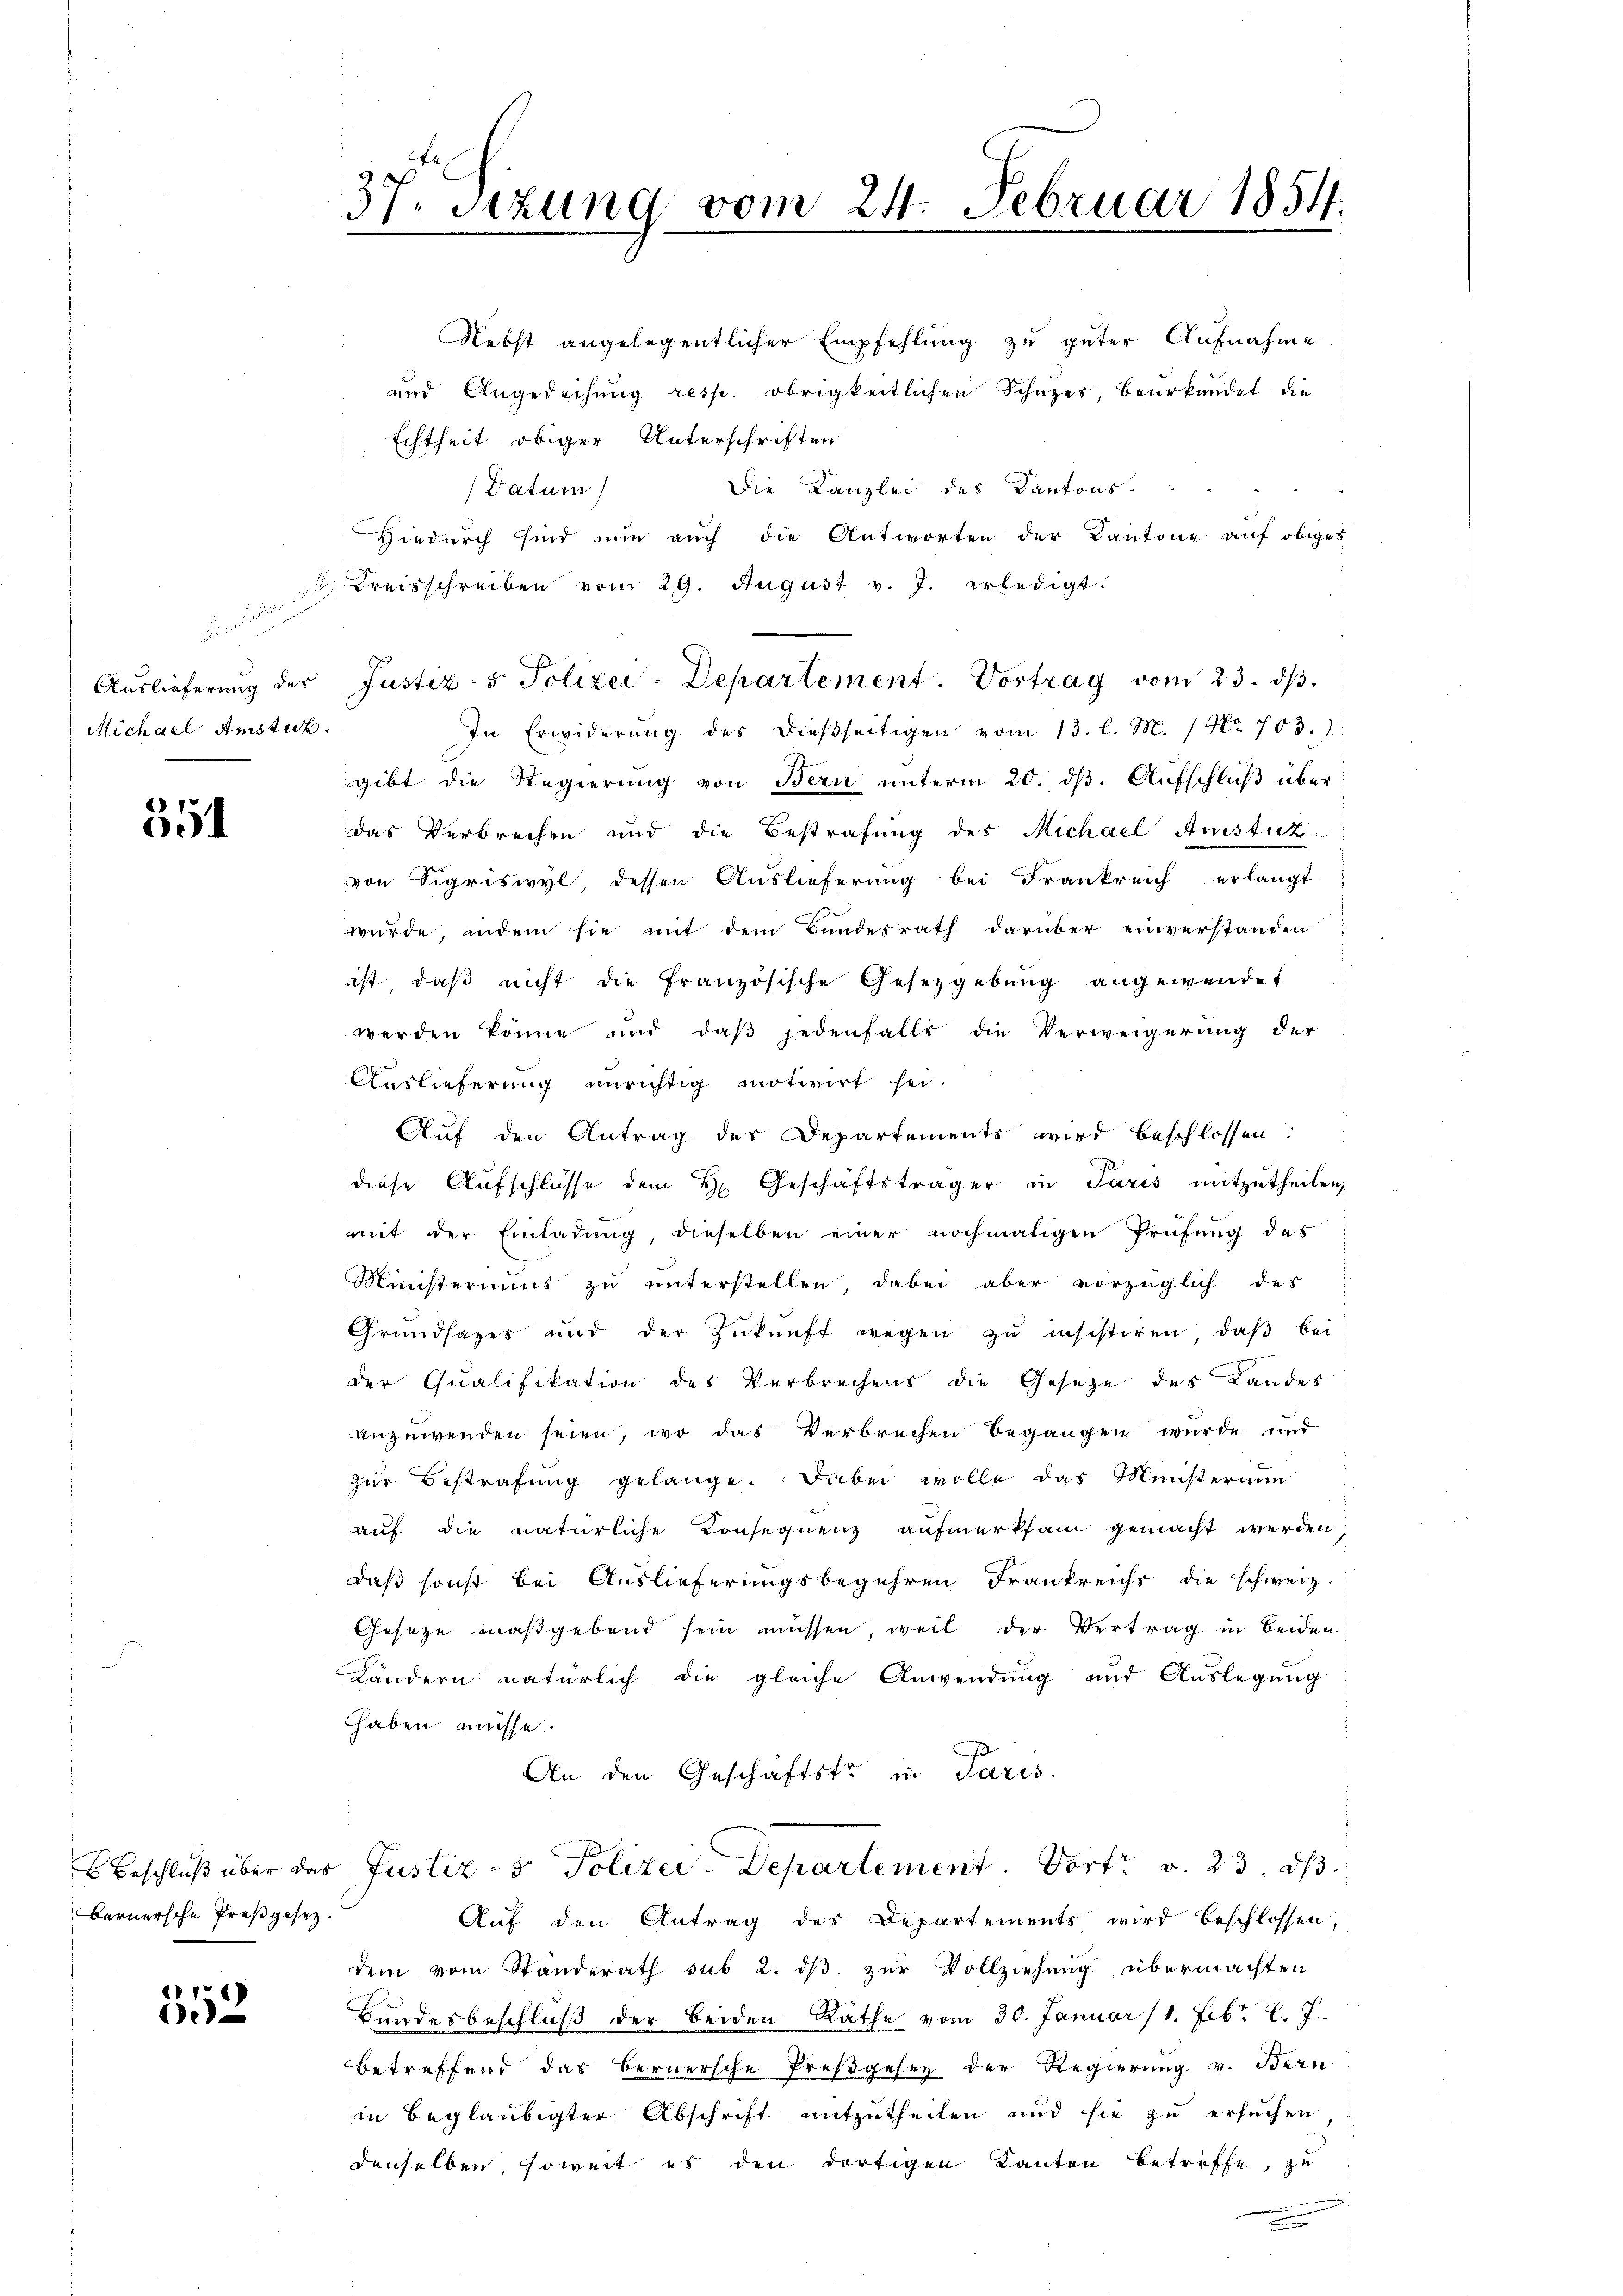
Feladen
Michael Amstur.

551

bernersche Preßgesetz.

1
0

Nebst angelegentlicher Empfehlung zu guter Aufnahme
und Angedeihung resp. obrigkeitlichen Schuzes, beurkundet die
Echtheit obiger Unterschriften
Die Kanzlei des Kantons.
(Datum)
Hiedurch sind nun auch die Antworten der Kantone auf obiges
 Kreisschreiben vom 29. August v. J. erledigt.
In Erwiderung des dießseitigen vom 13. l. M. / No. 703.)
gibt die Regierung von Bern unterm 20. dβ. Aufschluß über
das Verbrechen und die Bestrafung des Michael Amstuz
von Sigriswyl, dessen Auslieferung bei Frankreich erlangt
wurde, indem sie mit dem Bundesrath darüber einverstanden
ist, daβ nicht die französische Gesetzgebung angewendet
werden könne und daβ jedenfalls die Verweigerung der
Auslieferung unrichtig motivirt sei.
Auf den Antrag der Departements wird beschlossen:
J
diese Aufschlüsse dem H. Geschäftsträger in Paris mitzutheilen,
mit der Einladŭng, dieselben einer nochmaligen Prüfŭng des
Ministeriums zŭ ŭnterstellen, dabei aber vorzüglich des
Grundsazes und der Zŭkŭnft wegen zu insistiren, daβ bei
der Qualifikation des Verbrechens die Gesetze des Landes
anzuwenden seien, wo das Verbrechen begangen wurde und
zŭr Bestrafung gelange. Dabei wolle das Ministerium
auf die natürliche Konsequenz aufmerksam gemacht werden
daß sonst bei Auslieferungsbegehren Frankreichs die schweiz.
Geseze maßgebend sein müssen, weil der Vertrag in beiden:
Ländern natürlich die gleiche Anwendung und Auslegung
haben müsse.
An den Geschäftstr in Paris
 Beschluß über das Justiz- & Polizei-Departement. Dort v. 23. ds.
Auf den Antrag des Departements wird beschlossen,
dem vom Standerath sub 2. ds zur Vollziehung übermachten
Bundesbeschluß der beiden Räthe vom 30. Januar 11. Febr. l. J.
betreffend das bernersche Preßgesez der Regierung v. Bern
in beglaubigter Abschrift mitzutheilen und sie zu ersuchen,
denselben, soweit es den dortigen Kanton betreffe, zu

37. Sizung vom 24. Februar 1854.

Auslieferung des Justiz- & Polizei-Departement. Vortrag vom 23. dβ.